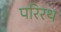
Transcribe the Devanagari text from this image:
परिरथ